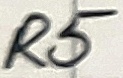
Text: R5